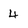
Character: 4